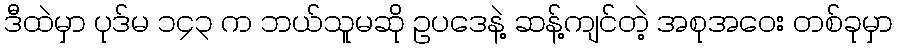
ဒီထဲမှာ ပုဒ်မ ၁၄၃ က ဘယ်သူမဆို ဥပဒေနဲ့ ဆန့်ကျင်တဲ့ အစုအဝေး တစ်ခုမှာ